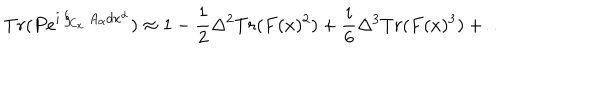
LaTeX: T r ( P e ^ { i \oint _ { C _ { x } } A _ { \alpha } d x ^ { \alpha } } ) \approx 1 - { \frac { 1 } { 2 } } \Delta ^ { 2 } T r ( F ( x ) ^ { 2 } ) + { \frac { i } { 6 } } \Delta ^ { 3 } T r ( F ( x ) ^ { 3 } ) + \dots